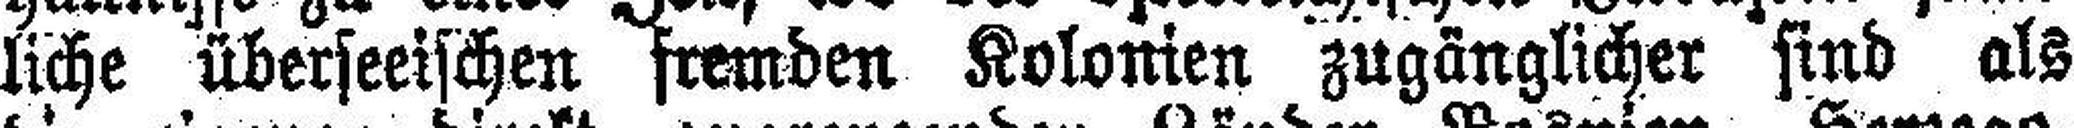
liche überseeischen fremden Kolonien zugänglicher sind als